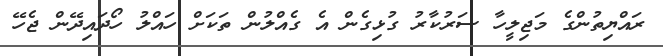
ރައްޔިތުންގެ މަޖިލީހާ ސަރުކާރު ގުޅިގެން އެ ގެއްލުން ތަކަށް ހައްލު ހޯދައިދޭން ޖެހޭ